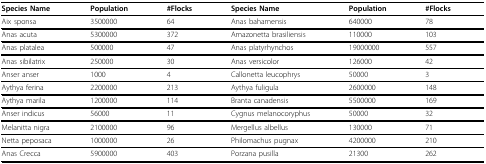
| Species Name | Population | #Flocks | Species Name | Population | #Flocks |
 | --- | --- | --- | --- | --- | --- |
 | Aix sponsa | 3500000 | 64 | Anas bahamensis | 640000 | 78 |
 | Anas acuta | 5300000 | 372 | Amazonetta brasiliensis | 110000 | 103 |
 | Anas platalea | 500000 | 47 | Anas platyrhynchos | 19000000 | 557 |
 | Anas sibilatrix | 250000 | 30 | Anas versicolor | 126000 | 42 |
 | Anser anser | 1000 | 4 | Callonetta leucophrys | 50000 | 3 |
 | Aythya ferina | 2200000 | 213 | Aythya fuligula | 2600000 | 148 |
 | Aythya marila | 1200000 | 114 | Branta canadensis | 5500000 | 169 |
 | Anser indicus | 56000 | 11 | Cygnus melanocoryphus | 50000 | 32 |
 | Melanitta nigra | 2100000 | 96 | Mergellus albellus | 130000 | 71 |
 | Netta peposaca | 1000000 | 26 | Philomachus pugnax | 4200000 | 210 |
 | Anas Crecca | 5900000 | 403 | Porzana pusilla | 21300 | 262 |